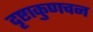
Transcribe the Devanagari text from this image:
दृष्टाकुणचन